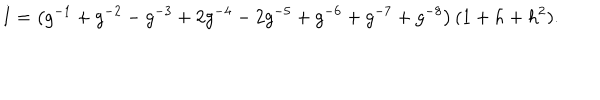
I = \left( g ^ { - 1 } + g ^ { - 2 } - g ^ { - 3 } + 2 g ^ { - 4 } - 2 g ^ { - 5 } + g ^ { - 6 } + g ^ { - 7 } + g ^ { - 8 } \right) ( 1 + h + h ^ { 2 } ) .